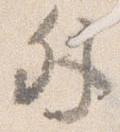
外